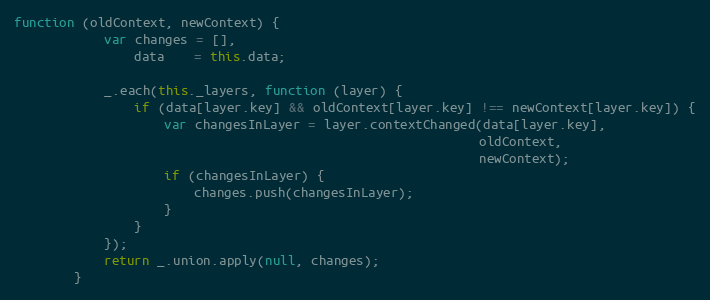
Language: JavaScript
function (oldContext, newContext) {
            var changes = [],
                data    = this.data;

            _.each(this._layers, function (layer) {
                if (data[layer.key] && oldContext[layer.key] !== newContext[layer.key]) {
                    var changesInLayer = layer.contextChanged(data[layer.key],
                                                              oldContext,
                                                              newContext);
                    if (changesInLayer) {
                        changes.push(changesInLayer);
                    }
                }
            });
            return _.union.apply(null, changes);
        }